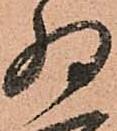
為